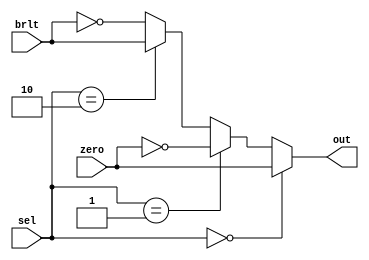
module BranchComp (
    input [1:0] sel,
    input zero,brlt,
    output reg out
);

    always @(*) begin
        if(sel == 2'b00) out = zero;
        else if(sel == 2'b01) out = ~zero;
        else if(sel == 2'b10) out = brlt;
        else out = ~brlt;
    end
    
endmodule